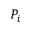
P _ { i }